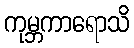
ကုမ္ဘကာရောသိ